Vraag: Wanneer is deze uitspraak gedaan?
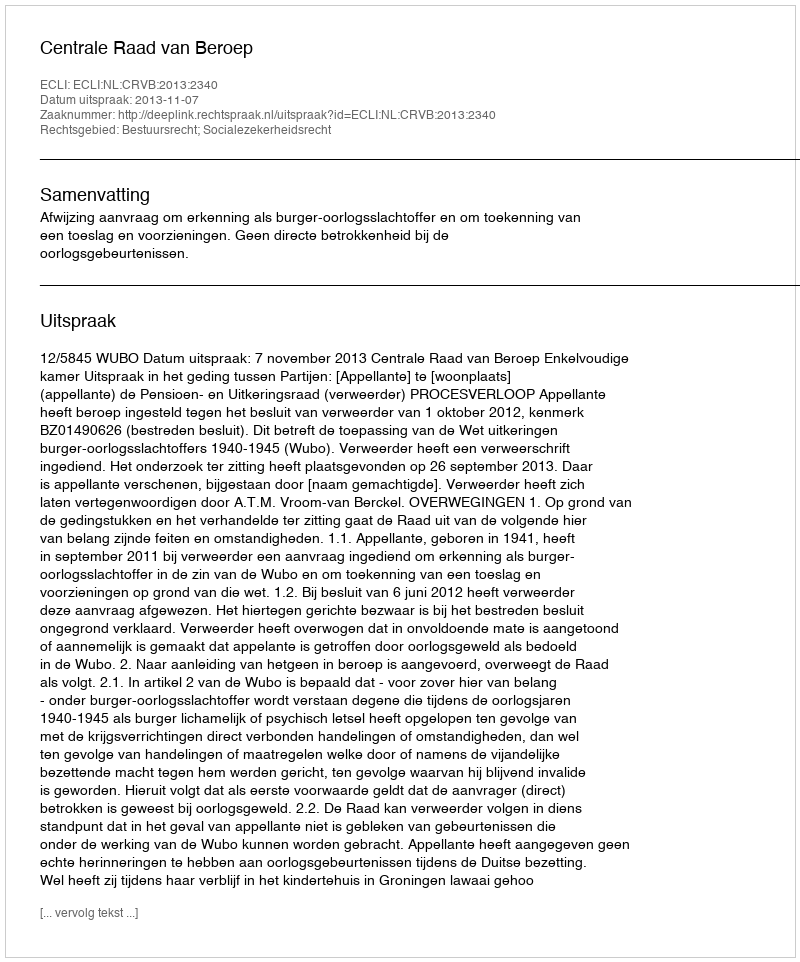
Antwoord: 2013-11-07